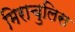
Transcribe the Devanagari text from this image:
मिराचुलिस